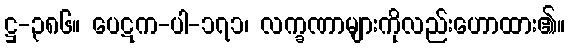
ဋ္ဌ-၃၈၆။ ပေဋက-ပါ-၁၇၁၊ လက္ခဏာများကိုလည်းဟောထား၏။